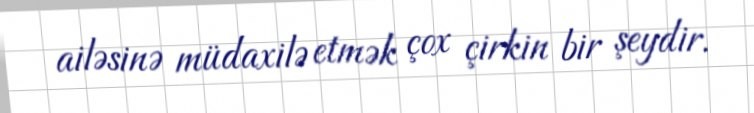
ailəsinə müdaxilə etmək çox çirkin bir şeydir.